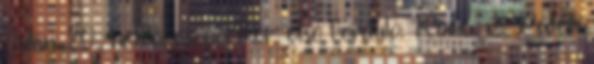
Július 20., hétfő, csoportkör, első forduló: Róma. v.: Patelli